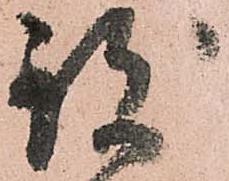
致